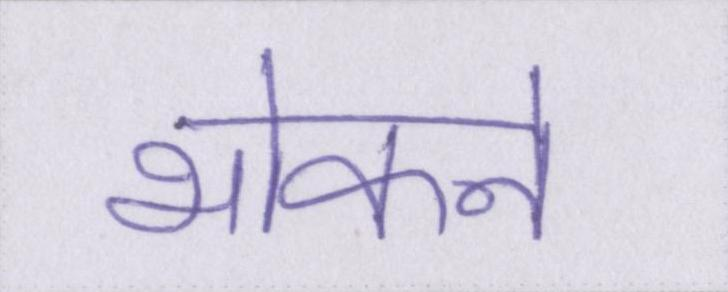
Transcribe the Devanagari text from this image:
भोकने